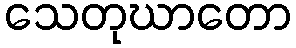
သေတုဃာတော